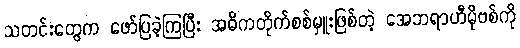
သတင်းတွေက ဖော်ပြခဲ့ကြပြီး အဓိကတိုက်စစ်မှူးဖြစ်တဲ့ အေဘရာဟီမိုဗစ်ကို